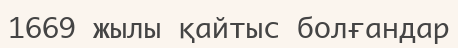
1669 жылы қайтыс болғандар